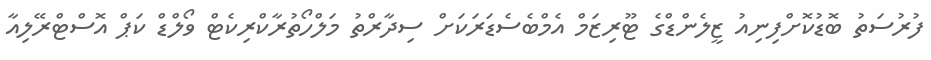
ފުރުސަތު ބޮޑުކޮށްފިނިއު ޒީލެންޑްގެ ޓޫރިޒަމް އެމްބެސެޑަރަކަށް ސިދާރްތު މަލްހޯތުރާކްރިކެޓް ވޯލްޑް ކަޕް އޮސްޓްރޭލިއާ